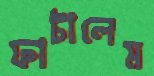
ফাটালেম